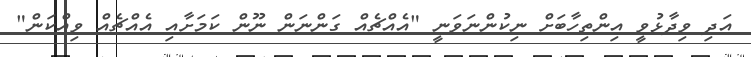
އަދި ވިދާޅުވީ އިންތިހާބަށް ނިކުންނަވަނީ "އެއްޗެއް ގަންނަން ނޫން ކަމަށާއި އެއްޗެއް ވިއްކަން"